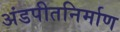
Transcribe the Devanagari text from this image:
अंडपीतनिर्माण